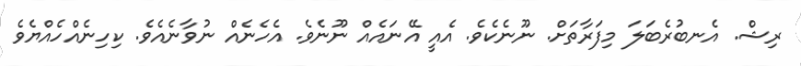
ރިޝް. އެނބުރެބަލަ މިފަރާތަށް. ނޫނެކެވެ. އެއީ އޭނައެއް ނޫނެވެ. އެހެނެއް ނުވާނެއެވެ. ކިހިނެއްހެއްޔެވެ